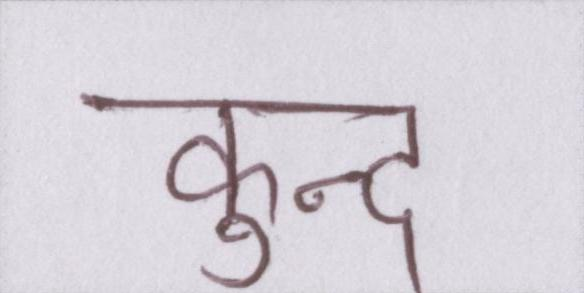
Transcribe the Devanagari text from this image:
कुन्द